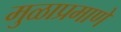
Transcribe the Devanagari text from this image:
मुळाप्रमाणे